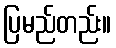
ပြမည်တည်း။